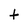
Character: t